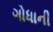
ગોધાની